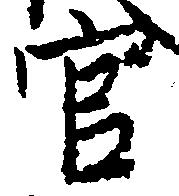
官